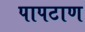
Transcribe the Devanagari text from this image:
पापटाण